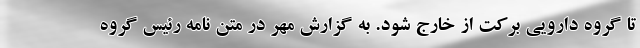
تا گروه دارویی برکت از خارج شود. به گزارش مهر در متن نامه رئیس گروه